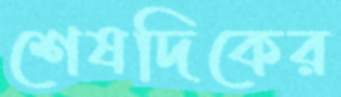
শেষদিকের